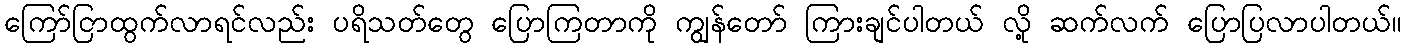
ကြော်ငြာထွက်လာရင်လည်း ပရိသတ်တွေ ပြောကြတာကို ကျွန်တော် ကြားချင်ပါတယ် လို့ ဆက်လက် ပြောပြလာပါတယ်။